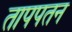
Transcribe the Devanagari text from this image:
तापपतन